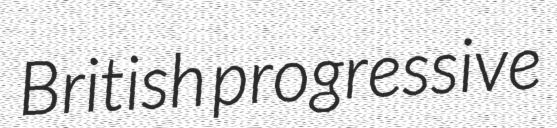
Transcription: British progressive